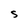
Character: s